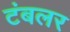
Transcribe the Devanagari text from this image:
टंबलर